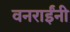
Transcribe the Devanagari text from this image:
वनराईंनी